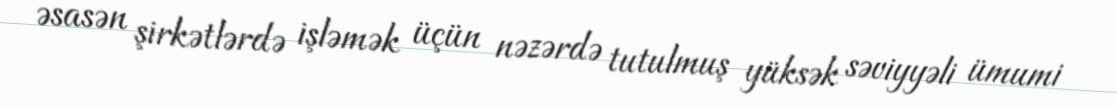
əsasən şirkətlərdə işləmək üçün nəzərdə tutulmuş yüksək səviyyəli ümumi